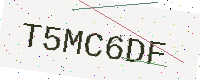
Text: T5MC6DF